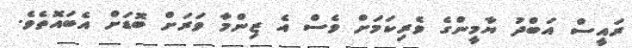
ރައީސް އަބްދު ޔާމީންގެ ވެރިކަމަށް ވެސް އެ ޒިންމާ ވަރަށް ބޮޑަށް އެބައޮތެވެ.